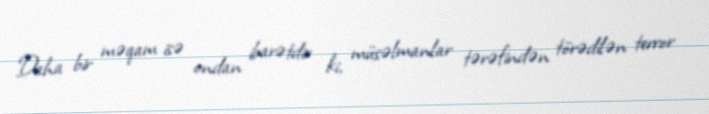
Daha bir məqam isə ondan ibarətdir ki, müsəlmanlar tərəfindən törədilən terror